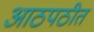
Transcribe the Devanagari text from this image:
आठपठीत